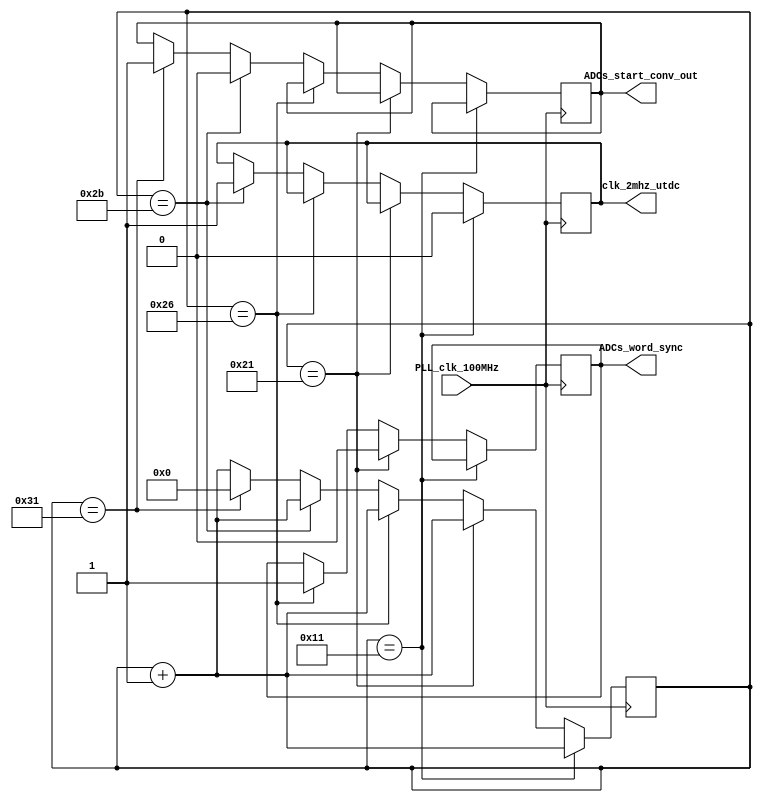
//////////////////////////////////////////////////////////////////////////////////////////////////////////////
// Company: INSTITUTO DOS PLASMAS E FUSAO NUCLEAR
//
// Project Name:   W7X ATCA DAQ
// Design Name:    ATCA W7X_STREAM_DAQ FIRMWARE
// Module Name:    SYSTEM_CLOCKS
// Target Devices: XC4VFX60-11FF1152 or XC4VFX100-11FF1152
//
//Description: 
//
// Copyright 2015 - 2015 IPFN-Instituto Superior Tecnico, Portugal
// Creation Date  2015-09-10
//
// Licensed under the EUPL, Version 1.1 or - as soon they
// will be approved by the European Commission - subsequent
// versions of the EUPL (the "Licence");

 // You may not use this work except in compliance with the
// Licence.
// You may obtain a copy of the Licence at:
//
// http://ec.europa.eu/idabc/eupl
//
// Unless required by applicable law or agreed to in
// writing, software distributed under the Licence is
// distributed on an "AS IS" basis,
// WITHOUT WARRANTIES OR CONDITIONS OF ANY KIND, either
// express or implied.
// See the Licence for the specific language governing
// permissions and limitations under the Licence.
//
// SVN keywords
// $Date: 2015-09-11 13:15:50 +0100 (Fri, 11 Sep 2015) $
// $Revision: 7651 $
// $URL: http://metis.ipfn.ist.utl.pt:8888/svn/cdaq/ATCA/ATCA-IO-CONTROL/IPP/W7X_STREAM_DAQ/hdl/design/SYSTEM_CLOCKS.v $
//
//
//////////////////////////////////////////////////////////////////////////////////////////////////////////////

`timescale 1ns/1ps

module SYSTEM_CLOCKS (
	input PLL_clk_100MHz,
//	output internal_clk_4MHz125,
	output ADCs_word_sync,
	output ADCs_start_conv_out, // delay 50ns
	output clk_2mhz_utdc  // sync with ADCs_word_sync but duty cycle = 50% 
);

///////////////////////////////////////////////////////////    PLL -> 2mhz generator //////////////////////////////////////////
reg [5:0] counter = 6'd0;

reg start_conv_n= 1'b1;
reg clk_out_r= 1'b1;

reg word_sync_n= 1'b1;

always @ (posedge PLL_clk_100MHz )
//	if (counter == 6'd49)// - divide by 50
//		begin
//			counter <= 0; 
//			start_conv_n <= 1'b1;
////			clk_out_r <= 0; 
//		 end	
//	else
		begin
			counter <= counter + 1;

			if(counter == 6'd17)
				clk_out_r <= 1'b0;
			else if(counter == 6'd33)
				word_sync_n <= 1'b0;
			else if(counter == 6'd38)
				word_sync_n <= 1'b1;
			else if(counter == 6'd43)
				begin
					start_conv_n <= 1'b0;
					clk_out_r <= 1'b1; 
				end
			else if(counter == 6'd49) // - divide by 50 -> 2MSMS
				begin
					start_conv_n <= 1'b1;
					counter <= 0; 
				end
		  end	

	assign clk_2mhz_utdc  = clk_out_r;
	assign ADCs_word_sync = word_sync_n;
	assign ADCs_start_conv_out = start_conv_n; // delay 50ns

//	reg [2:0] start_conv_dly = 3'b111;
//	reg clk_2MHz_dly1=1'b1;
//	reg clk_2MHz_dly2=1'b1;
//
//	always @ (posedge PLL_clk_100MHz)
//	begin
//		 clk_2MHz_dly1 <= ATCA_2MHz_clock;
//		 clk_2MHz_dly2 <= clk_2MHz_dly1;
//		 start_conv_dly[2:1] <= start_conv_dly[1:0];
//		 start_conv_dly[0]   <= clk_2MHz_dly2 | ~clk_2MHz_dly1; // detect rising transition with a low pulse
//	end  
//
//	//wire signal_to_sync;
//	//wire dcmout;
//	
//	//BUFG dcminput (
//	//	.O(signal_to_sync),
//	//	.I(start_conv_dly[0])
//	//);
//
//	//BUFG globalsyncclk (
//	//	.O(ADCs_start_conv), // Clock buffer output
//	//	.I(dcmout) // Clock buffer input (connect directly to top-level port)
//	//);
//	
//	//DCM_BASE adcsyncclk (
//	//	.CLKIN(signal_to_sync),
//	//	.CLKFB(ADCs_start_conv),
//	//	.CLK0(dcmout),
//	//	.RST(1'b0)
//	//	);
//	assign ADCs_word_sync		=start_conv_dly[0];
//	assign ADCs_start_conv_out = start_conv_dly[2]; // delay 50ns

endmodule